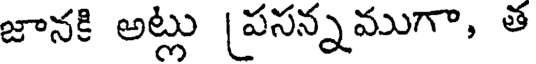
జానకి అట్లు [పసన్నముగా, త